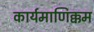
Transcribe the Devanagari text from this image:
कार्यमाणिक्कम